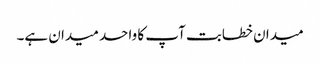
میدان خطابت آپ کا واحد میدان ہے۔